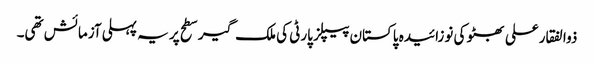
ذوالفقارعلی بھٹو کی نوزائیدہ پاکستان پیپلز پارٹی کی ملک گیر سطح پر یہ پہلی آزمائش تھی۔